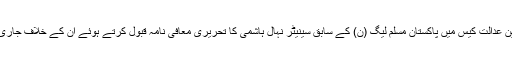
سپریم کورٹ آف پاکستان نے توہینِ عدالت کیس میں پاکستان مسلم لیگ (ن) کے سابق سینیٹر نہال ہاشمی کا تحریری معافی نامہ قبول کرتے ہوئے ان کے خلاف جاری عدالتی کارروائی ختم کردی ہے۔